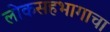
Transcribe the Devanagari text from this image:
लोकसहभागाचा